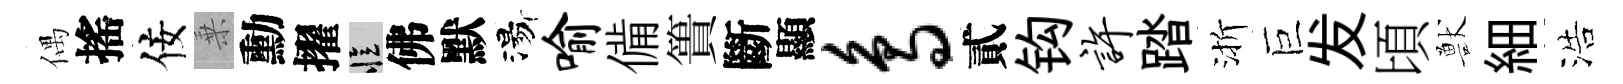
偶搖佞乗勳擢忆佛默湯喻備簣斷顯鸟貳钩许踏渐巨发頃獸細浩